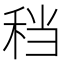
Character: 𫀮